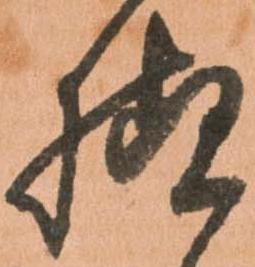
様